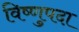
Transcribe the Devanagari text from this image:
विष्‍णुपदा